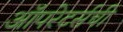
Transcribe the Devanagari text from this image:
ऑपरेटर्सची